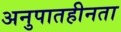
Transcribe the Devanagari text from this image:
अनुपातहीनता